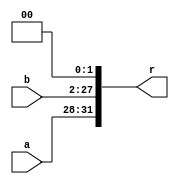
//////////////////////////////////////////////////////////////////////////////////
// 
// Project Name: Multi-cycle CPU with 54 Instructions Based on MIPS Architecture
//////////////////////////////////////////////////////////////////////////////////

`timescale 1ns / 1ps

module II(
    input [3:0] a,
    input [25:0] b,
    output [31:0] r
    );

    assign r = {a, b, 2'b00};

endmodule